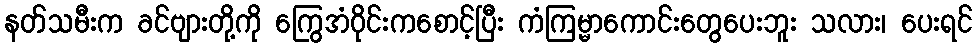
နတ်သမီးက ခင်ဗျားတို့ကို ကြွေအံဝိုင်းကစောင့်ပြီး ကံကြမ္မာကောင်းတွေပေးဘူး သလား၊ ပေးရင်